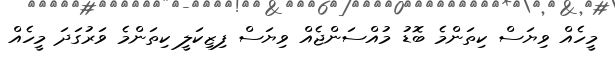
މީހެއް ވިޔަސް ކިތަންމެ ބޮޑު މުއްސަންޖެއް ވިޔަސް ފިޒިކަލީ ކިތަންމެ ވަރުގަދަ މީހެއް